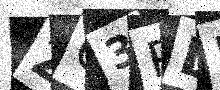
Text: ZG3PLB